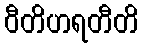
ဝီတိဟရတီတိ